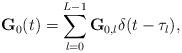
LaTeX: \begin{align*}\textbf{G}_0(t)=\sum\limits_{l=0}^{L-1}\textbf{G}_{0,l}\delta(t-\tau_l),\end{align*}